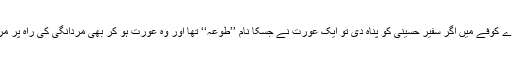
عجیب بات ہے اس پورے کوفے میں اگر سفیر حسینی کو پناہ دی تو ایک عورت نے جسکا نام ’’طوعہ‘‘ تھا اور وہ عورت ہو کر بھی مردانگی کی راہ پر مرد بن کرجینا سکھا گئی۔